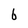
Character: b